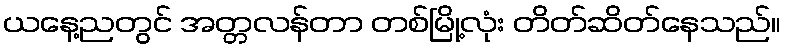
ယနေ့ညတွင် အတ္တလန်တာ တစ်မြို့လုံး တိတ်ဆိတ်နေသည်။